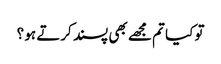
تو کیا تم مجھے بھی پسند کرتے ہو ؟